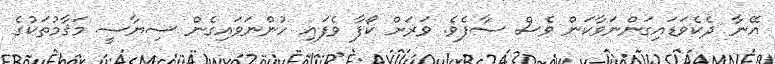
އޭނާ ދެކެވަޑައިގަންނަވާކަން ވެސް ސާފެވެ. ވަރަށް ކޯފާ ވެފައި ހުންނަވައިގެން ސިޔާސީ މަޤާމުތަކުގެ